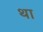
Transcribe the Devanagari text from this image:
था